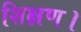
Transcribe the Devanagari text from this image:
शिक्षण।